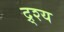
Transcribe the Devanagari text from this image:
द्र्श्य